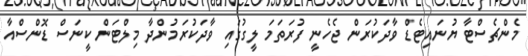
މެންޗެސްޓާ ޔުނައިޓެޑް ވާދަކުރަން ޖެހެނީ ފުރަތަމަ ލީގުގައި ވާދަކުރަމުންދާ މިލްޓަން ކީނަސް ޑޮންސްއާ